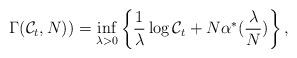
LaTeX: \begin{align*}\Gamma(\mathcal{C}_t, N)) = \inf_{\lambda > 0} \left \{\frac{1}{\lambda} \log \mathcal{C}_t + N \alpha^*(\frac{\lambda}{N}) \right \},\end{align*}